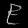
Digit: ၉